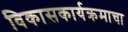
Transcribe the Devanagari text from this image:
विकासकार्यक्रमाचा